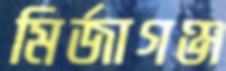
মির্জাগঞ্জ